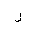
Letter: _ra